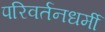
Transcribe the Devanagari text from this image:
परिवर्तनधर्मी